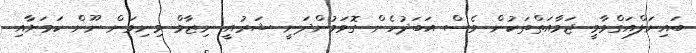
ބައިނަލްއަގްވާމީ ޖަމާއަތްތަކުން ވެސް އަބަދުހެން ގޮވަމުންދަނީ ޝަރުއީ ނިޒާމް މިނިވަން ނޫން ކަމަށާއި